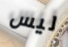
ليس